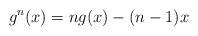
LaTeX: \begin{align*}g^n(x)=ng(x)-(n-1)x\end{align*}